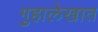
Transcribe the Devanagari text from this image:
गुहालेखात